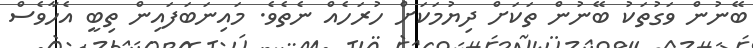
ބޭނުން ވަގުތަކު ބޭނުން ތަކަށް ދިޔުމަކަށް ހުރަހެއް ނެތެވެ. މައިނަބަފައިން ތިބީ އެހާވެސް